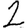
Digit: 2